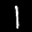
Label: 1